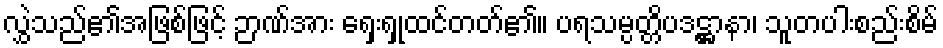
လွှဲသည်၏အဖြစ်ဖြင့် ဉာဏ်အား ရှေးရှုထင်တတ်၏။ ပရသမ္ပတ္တိပဒဋ္ဌာနာ၊ သူတပါးစည်းစိမ်